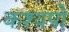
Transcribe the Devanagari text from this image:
कश्यपो